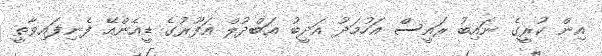
އިން ކުރީގެ ނައިބު ރައީސް އަހުމަދު އަދީބު އަބްދުލް ޣަފޫރުގެ ޑީއެންއޭ ފެނިފައިވާތީ